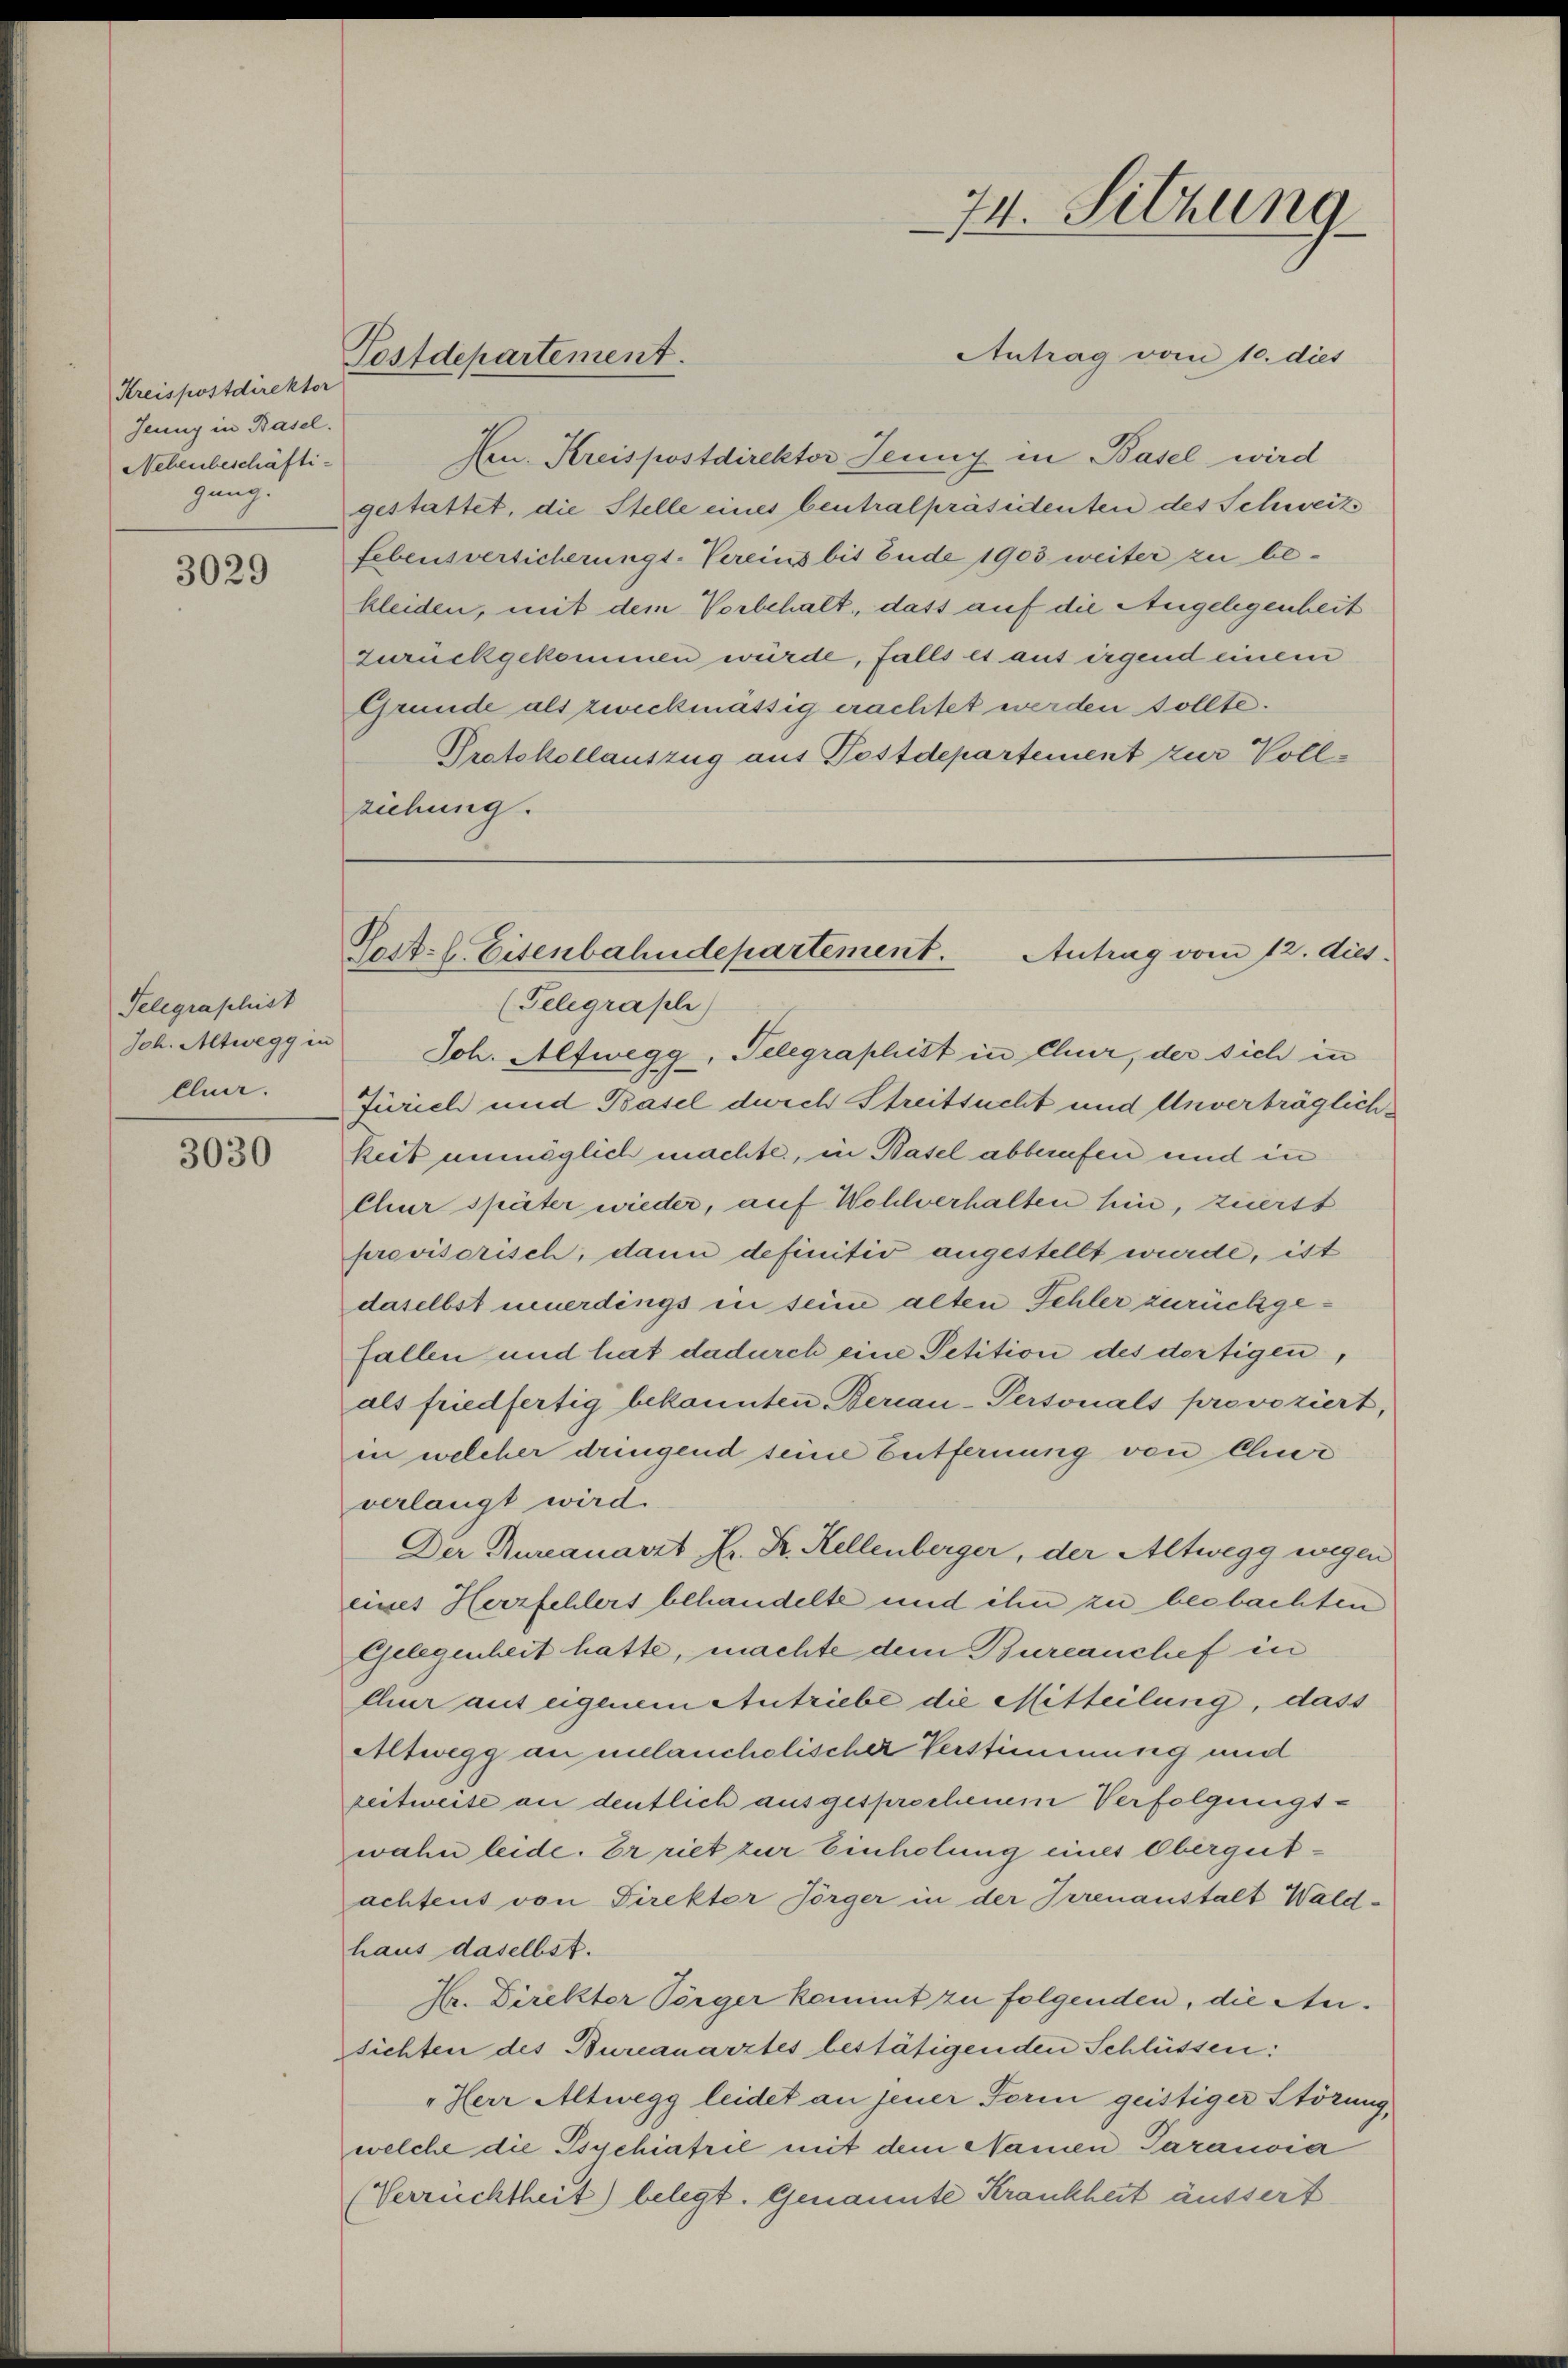
Kreispostdirektor
Jenny in Basel.
Nebenbeschäfti-
gung.

3029

Telegraphist
Joh. Altwegg in
Cher.

3030

Postdepartement.

Antrag vom 10. dies
fen. Kreispostdirektor Jenny in Basel wird
gestattet, die Stelle eines Centralpräsidenten des Schweiz
Lebensversicherungs-Vereins bis Ende 1903 weiter zu bekleiden, mit dem Vorbehalt, dass auf die Angelegenheit
zurückgekommen würde, falls es aus irgend einem
Grunde als zweckmässig erachtet werden sollte.
Protokollauszug aus Postdepartement zur Vollziehung.

74. Sitzung

Post. l. Eisenbahndepartement.
Antrag vom 12. dies
(Telegraphi)

Joh. Alfwegg, Telegraphitt in Chur, der sich in
Jürich und Basel durch Streitsucht und Unverträglichkeit unmöglich machte, in Basel abberufen und in
Chur später wieder, auf Wohlverhalten hin, zuerst
provisorisch, dann definitiv angestellt wurde, ist
daselbst neuerdings in seine alten Fehler zurückgefallen und hat dadurch eine Petition des dortigen,
als friedfertig bekannten Berian-Personals provoziert,
in welcher dringend seine Entfernung von Chur
verlangt wird.
Der Bureauarzt Dr. Fr. Kellenberger, der Altwegg wegen
eines Herzfehlers behandelte und ihn zu beobachten
Gelegenheit hatte, machte dem Burcanchef in
Chur aus eigenem Antriebe die Mitteilung, dass
Altwegg an melancholischer Verstimmung und
zeitweise an deutlich ausgesprochenem Verfolgungswahn leide. Er riet zur Einholung eines Obergutachtens von Direktor Jörger in der Irrenanstalt Wald-
haus daselbst.
Hr. Direktor Sorger kommt zu folgenden, die Ansichten des Bureauärztes bestätigenden Schlüssen:
"Herr Altwegg leidet an jener Ferin geistiger Störung,
welche die Psychiatril mit dem Namen Paravia
(Verruchtheit) belegt. Genannte Krankheit äussert